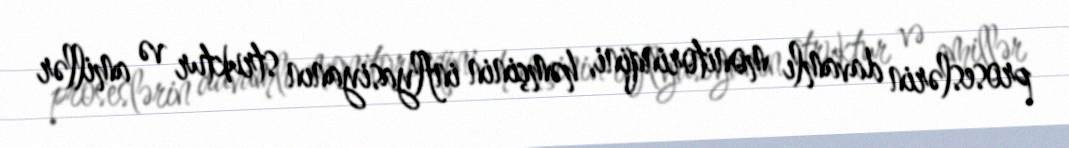
proseslərin davamlı monitorinqini, həmçinin inflyasiyanın struktur və amillər